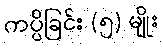
ကပ္ပိခြင်း (၅) မျိုး